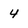
Character: 4